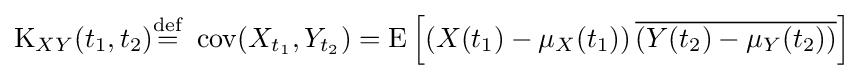
\operatorname {K} _{XY}(t_{1},t_{2}){\stackrel {\mathrm {def} }{=}}\ \operatorname {cov} (X_{t_{1}},Y_{t_{2}})=\operatorname {E} \left[\left(X(t_{1})-\mu _{X}(t_{1})\right){\overline {\left(Y(t_{2})-\mu _{Y}(t_{2})\right)}}\right]